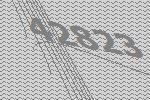
42823